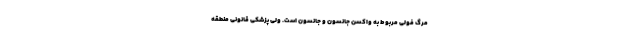
مرگ فولی مربوط به واکسن جانسون و جانسون است. ولی پزشکی قانونی منطقه